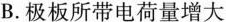
B.极板所带电荷量增大